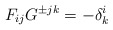
\begin{align*}F_{ij}G^{\pm jk} = - \delta^i_k\end{align*}